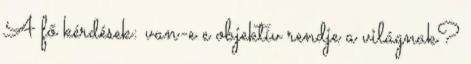
A fő kérdések: van-e e objektív rendje a világnak?